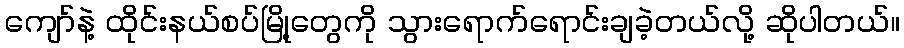
ကျော်နဲ့ ထိုင်းနယ်စပ်မြို့တွေကို သွားရောက်ရောင်းချခဲ့တယ်လို့ ဆိုပါတယ်။